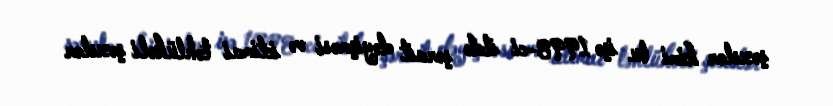
şəxslər kimi bu işə 1998-ci ildə şərait dəyişməsi və ictimai təhlükəli şəxslər